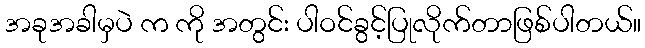
အခုအခါမှပဲ က ကို အတွင်း ပါဝင်ခွင့်ပြုလိုက်တာဖြစ်ပါတယ်။